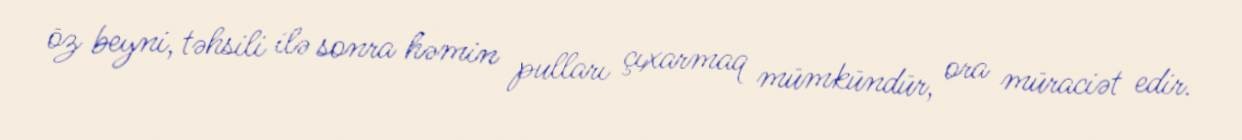
öz beyni, təhsili ilə sonra həmin pulları çıxarmaq mümkündür, ora müraciət edir.